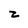
Character: z